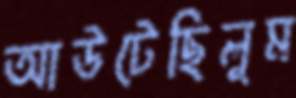
আউটেছিলুম